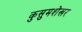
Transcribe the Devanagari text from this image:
कुसुमशेखर